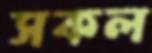
সকল